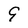
Character: g